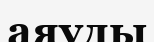
аяуды